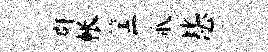
群帐筐爪毖